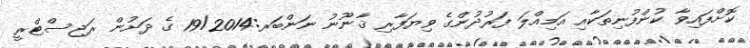
ކޮށްފައިވާ ކުންފުނިތަކާއި އަމިއްލަ ފަރުދުންގެ ވިޔަފާރި ޤާނޫނު ނަންބަރ:19/2014 ގެ ދަށުން ރަޖިސްޓްރީ